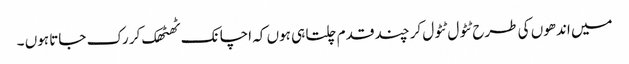
میں اندھوں کی طرح ٹٹول ٹٹول کر چند قدم چلتا ہی ہوں کہ اچانک ٹھٹھک کر رک جاتا ہوں ۔